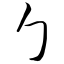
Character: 勹